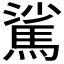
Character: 𩣟